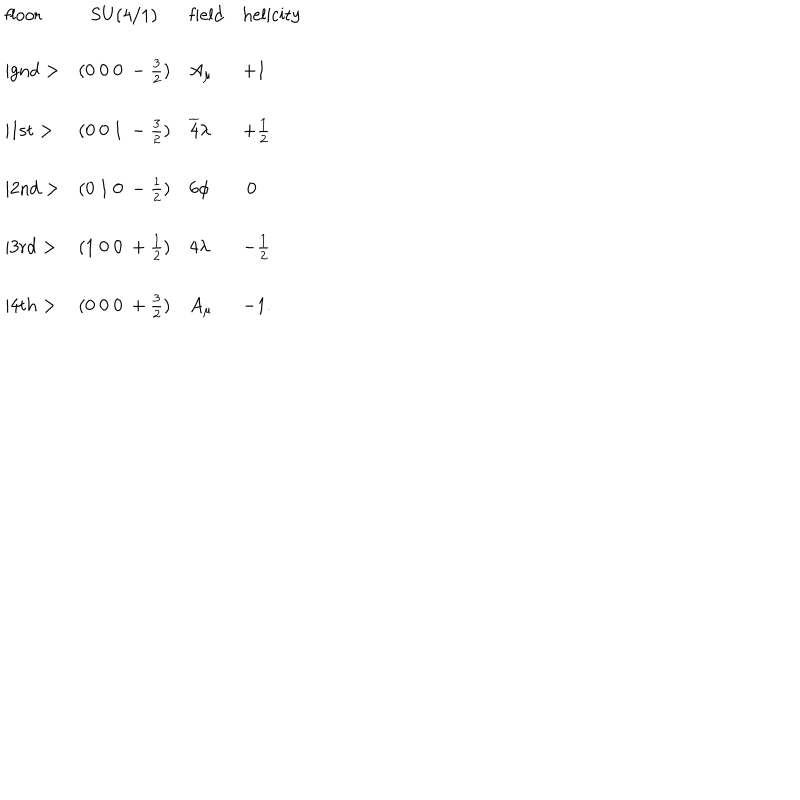
LaTeX: \begin{array} { l c l l } { { \mathrm { f l o o r } } } & { { \mathrm { S U ( 4 / 1 ) } } } & { { \mathrm { f i e l d } } } & { { \mathrm { h e l i c i t y } } } \\ { { \mid \mathrm { g n d } > } } & { { ( 0 ~ 0 ~ 0 ~ - \frac { 3 } { 2 } ) } } & { { A _ { \mu } } } & { { + 1 } } \\ { { \mid \mathrm { 1 s t } > } } & { { ( 0 ~ 0 ~ 1 ~ - \frac { 3 } { 2 } ) } } & { { \overline { { 4 } } \lambda } } & { { + \frac { 1 } { 2 } } } \\ { { \mid \mathrm { 2 n d } > } } & { { ( 0 ~ 1 ~ 0 ~ - \frac { 1 } { 2 } ) } } & { { 6 \phi } } & { { ~ 0 } } \\ { { \mid \mathrm { 3 r d } > } } & { { ( 1 ~ 0 ~ 0 ~ + \frac { 1 } { 2 } ) } } & { { 4 \lambda } } & { { - \frac { 1 } { 2 } } } \\ { { \mid \mathrm { 4 t h } > } } & { { ( 0 ~ 0 ~ 0 ~ + \frac { 3 } { 2 } ) } } & { { A _ { \mu } } } & { { - 1 . } } \\ \end{array}